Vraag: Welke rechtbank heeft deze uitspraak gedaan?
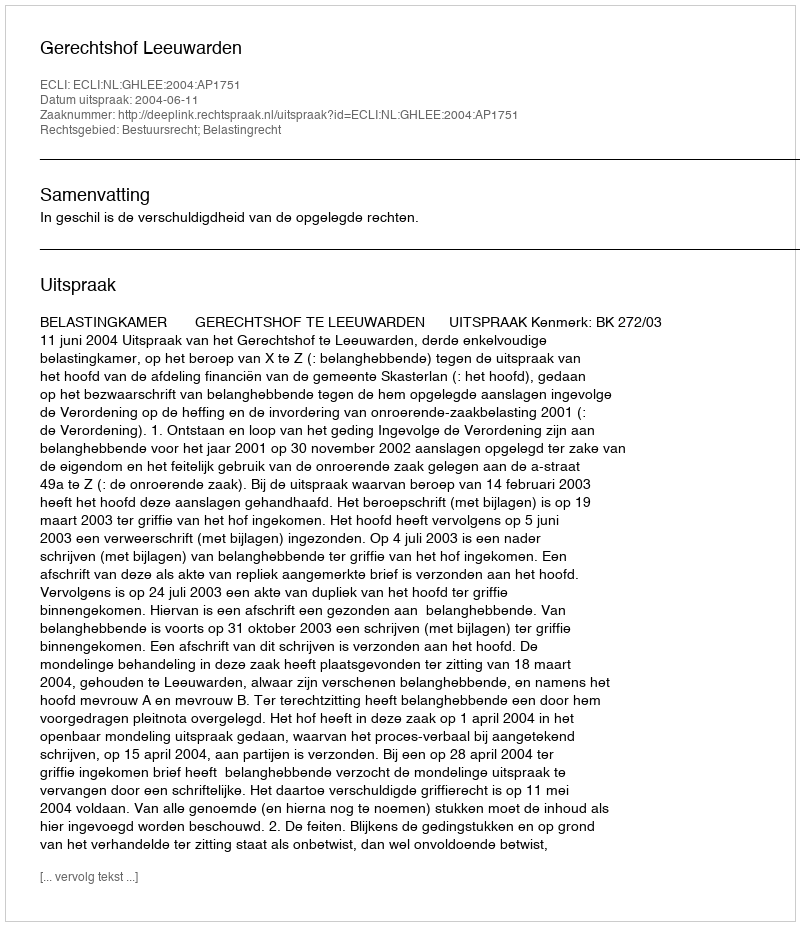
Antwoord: Gerechtshof Leeuwarden